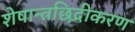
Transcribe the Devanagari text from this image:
शेषान्त्रछिद्रीकरण